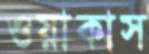
ওয়াকাস